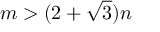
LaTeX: m > ( 2 + { \sqrt { 3 } } ) n